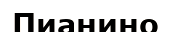
Пианино